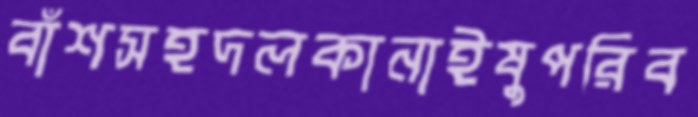
বাঁশসহদলকানাইষুপরিব